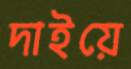
দাইয়ে